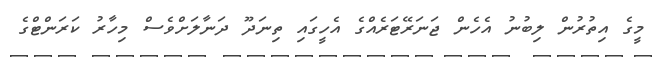
މީގެ އިތުރުން ލިބުނު އެހެން ޖަނަރޭޓަރެއްގެ އެހީގައި ތިނަދޫ ދަނާލަށްވެސް މިހާރު ކަރަންޓްގެ